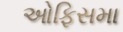
ઓફિસમા